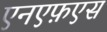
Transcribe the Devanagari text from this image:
एनएफ़एस